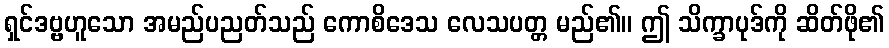
ရှင်ဒဗ္ဗဟူသော အမည်ပညတ်သည် ကောစိဒေသ လေသပတ္တ မည်၏။ ဤ သိက္ခာပုဒ်ကို ဆိတ်ဖို၏